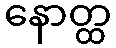
နောတ္ထ